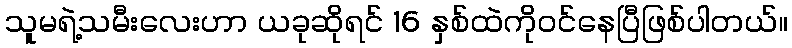
သူမရဲ့သမီးလေးဟာ ယခုဆိုရင် 16 နှစ်ထဲကိုဝင်နေပြီဖြစ်ပါတယ်။